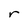
Character: r